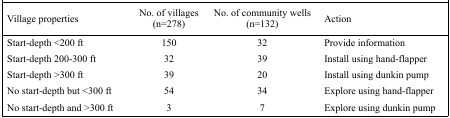
<table><thead><tr><td><b>Village properties</b></td><td><b>No. of villages (n=278)</b></td><td><b>No. of community wells (n=132)</b></td><td><b>Action</b></td></tr></thead><tbody><tr><td>Start-depth &lt;200 ft</td><td>150</td><td>32</td><td>Provide information</td></tr><tr><td>Start-depth 200–300 ft</td><td>32</td><td>39</td><td>Install using hand-flapper</td></tr><tr><td>Start-depth &gt;300 ft</td><td>39</td><td>20</td><td>Install using dunkin pump</td></tr><tr><td>No start-depth but &lt;300 ft</td><td>54</td><td>34</td><td>Explore using hand-flapper</td></tr><tr><td>No start-depth and &gt;300 ft</td><td>3</td><td>7</td><td>Explore using dunkin pump</td></tr></tbody></table>